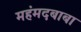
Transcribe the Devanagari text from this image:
महंमदबाबा